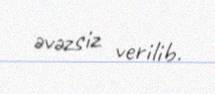
əvəzsiz verilib.